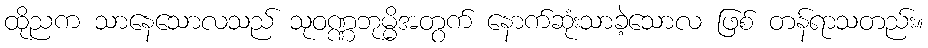
ထိုညက သာနေသောလသည် သုဝဏ္ဏဘုမ္မိအတွက် နောက်ဆုံးသာခဲ့သောလ ဖြစ် တန်ရာသတည်း။